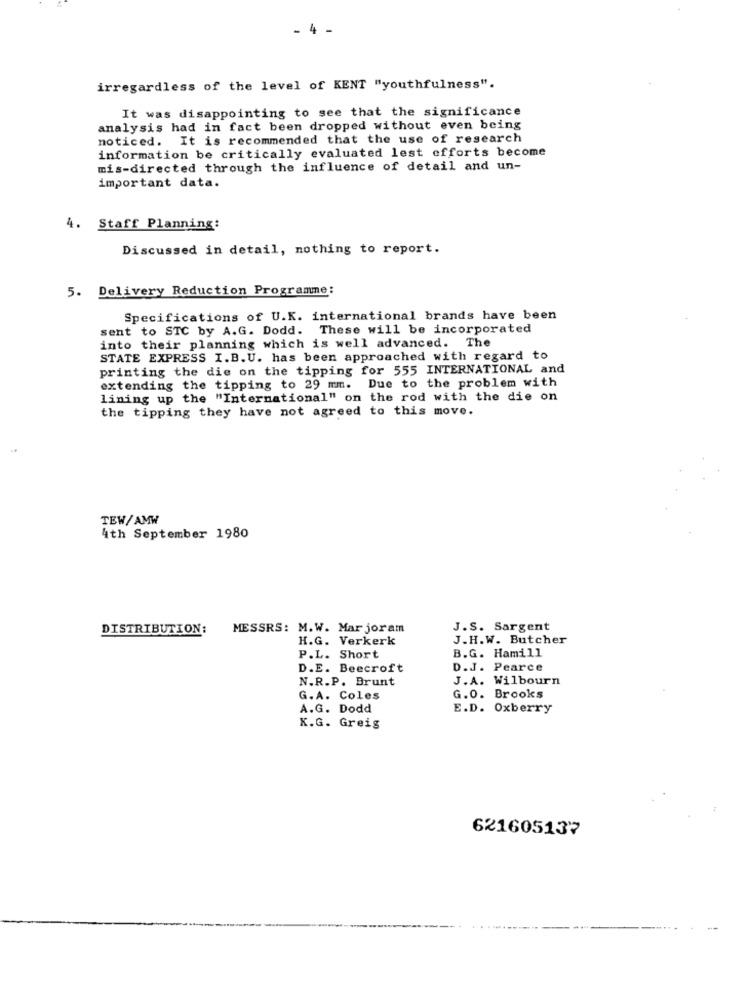
- 4 -
irregardless of the level of KENT "youthfulness".
It was disappointing to see that the significance
analysis had in fact been dropped without even being
noticed. It is recommended that the use of research
information be critically evaluated lest efforts become
mis-directed through the influence of detail and un-
important data.
4. Staff Planning:
Discussed in detail, nothing to report.
5. Delivery Reduction Programme:
Specifications of U.K. international brands have been
sent to STC by A.G. Dodd. These will be incorporated
into their planning which is well advanced. The
STATE EXPRESS I.B.U. has been approached with regard to
printing the die on the tipping for 555 INTERNATIONAL and
extending the tipping to 29 mm. Due to the problem with
lining up the "International" on the rod with the die on
the tipping they have not agreed to this move.
TEW/AMW
4th September 1980
DISTRIBUTION:
MESSRS: M.W. Mar joram
J.S. Sargent
H.G. Verkerk
J.H.W. Butcher
B.G. Hamill
P.L. Short
D.E. Beecroft
D.J. Pearce
N.R.P. Brunt
J.A. Wilbourn
G.A. Coles
G.O. Brooks
A.G. Dodd
E.D. Oxberry
K.G. Greig
621605137